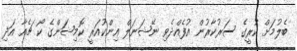
ބެލުމަށް ކުރީގެ ސަރުކާރުން އުފެއްދެވި ނޭޝަނަލް އިންކުއަރީ ކޮމިޝަންގެ ކޯ ޗެއާ އަދި